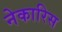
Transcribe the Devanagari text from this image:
नेकारिस